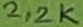
Text: 2,2K